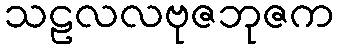
သဠလလဗုဇဘုဇက